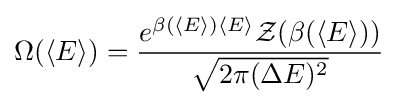
\Omega (\langle E\rangle )={\frac {e^{\beta (\langle E\rangle )\langle E\rangle }{\mathcal {Z}}(\beta (\langle E\rangle ))}{\sqrt {2\pi (\Delta E)^{2}}}}